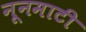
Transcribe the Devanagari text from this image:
नूनमाटी